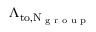
\Lambda _ { \mathrm { t o , N _ { \textrm { g r o u p } } } }